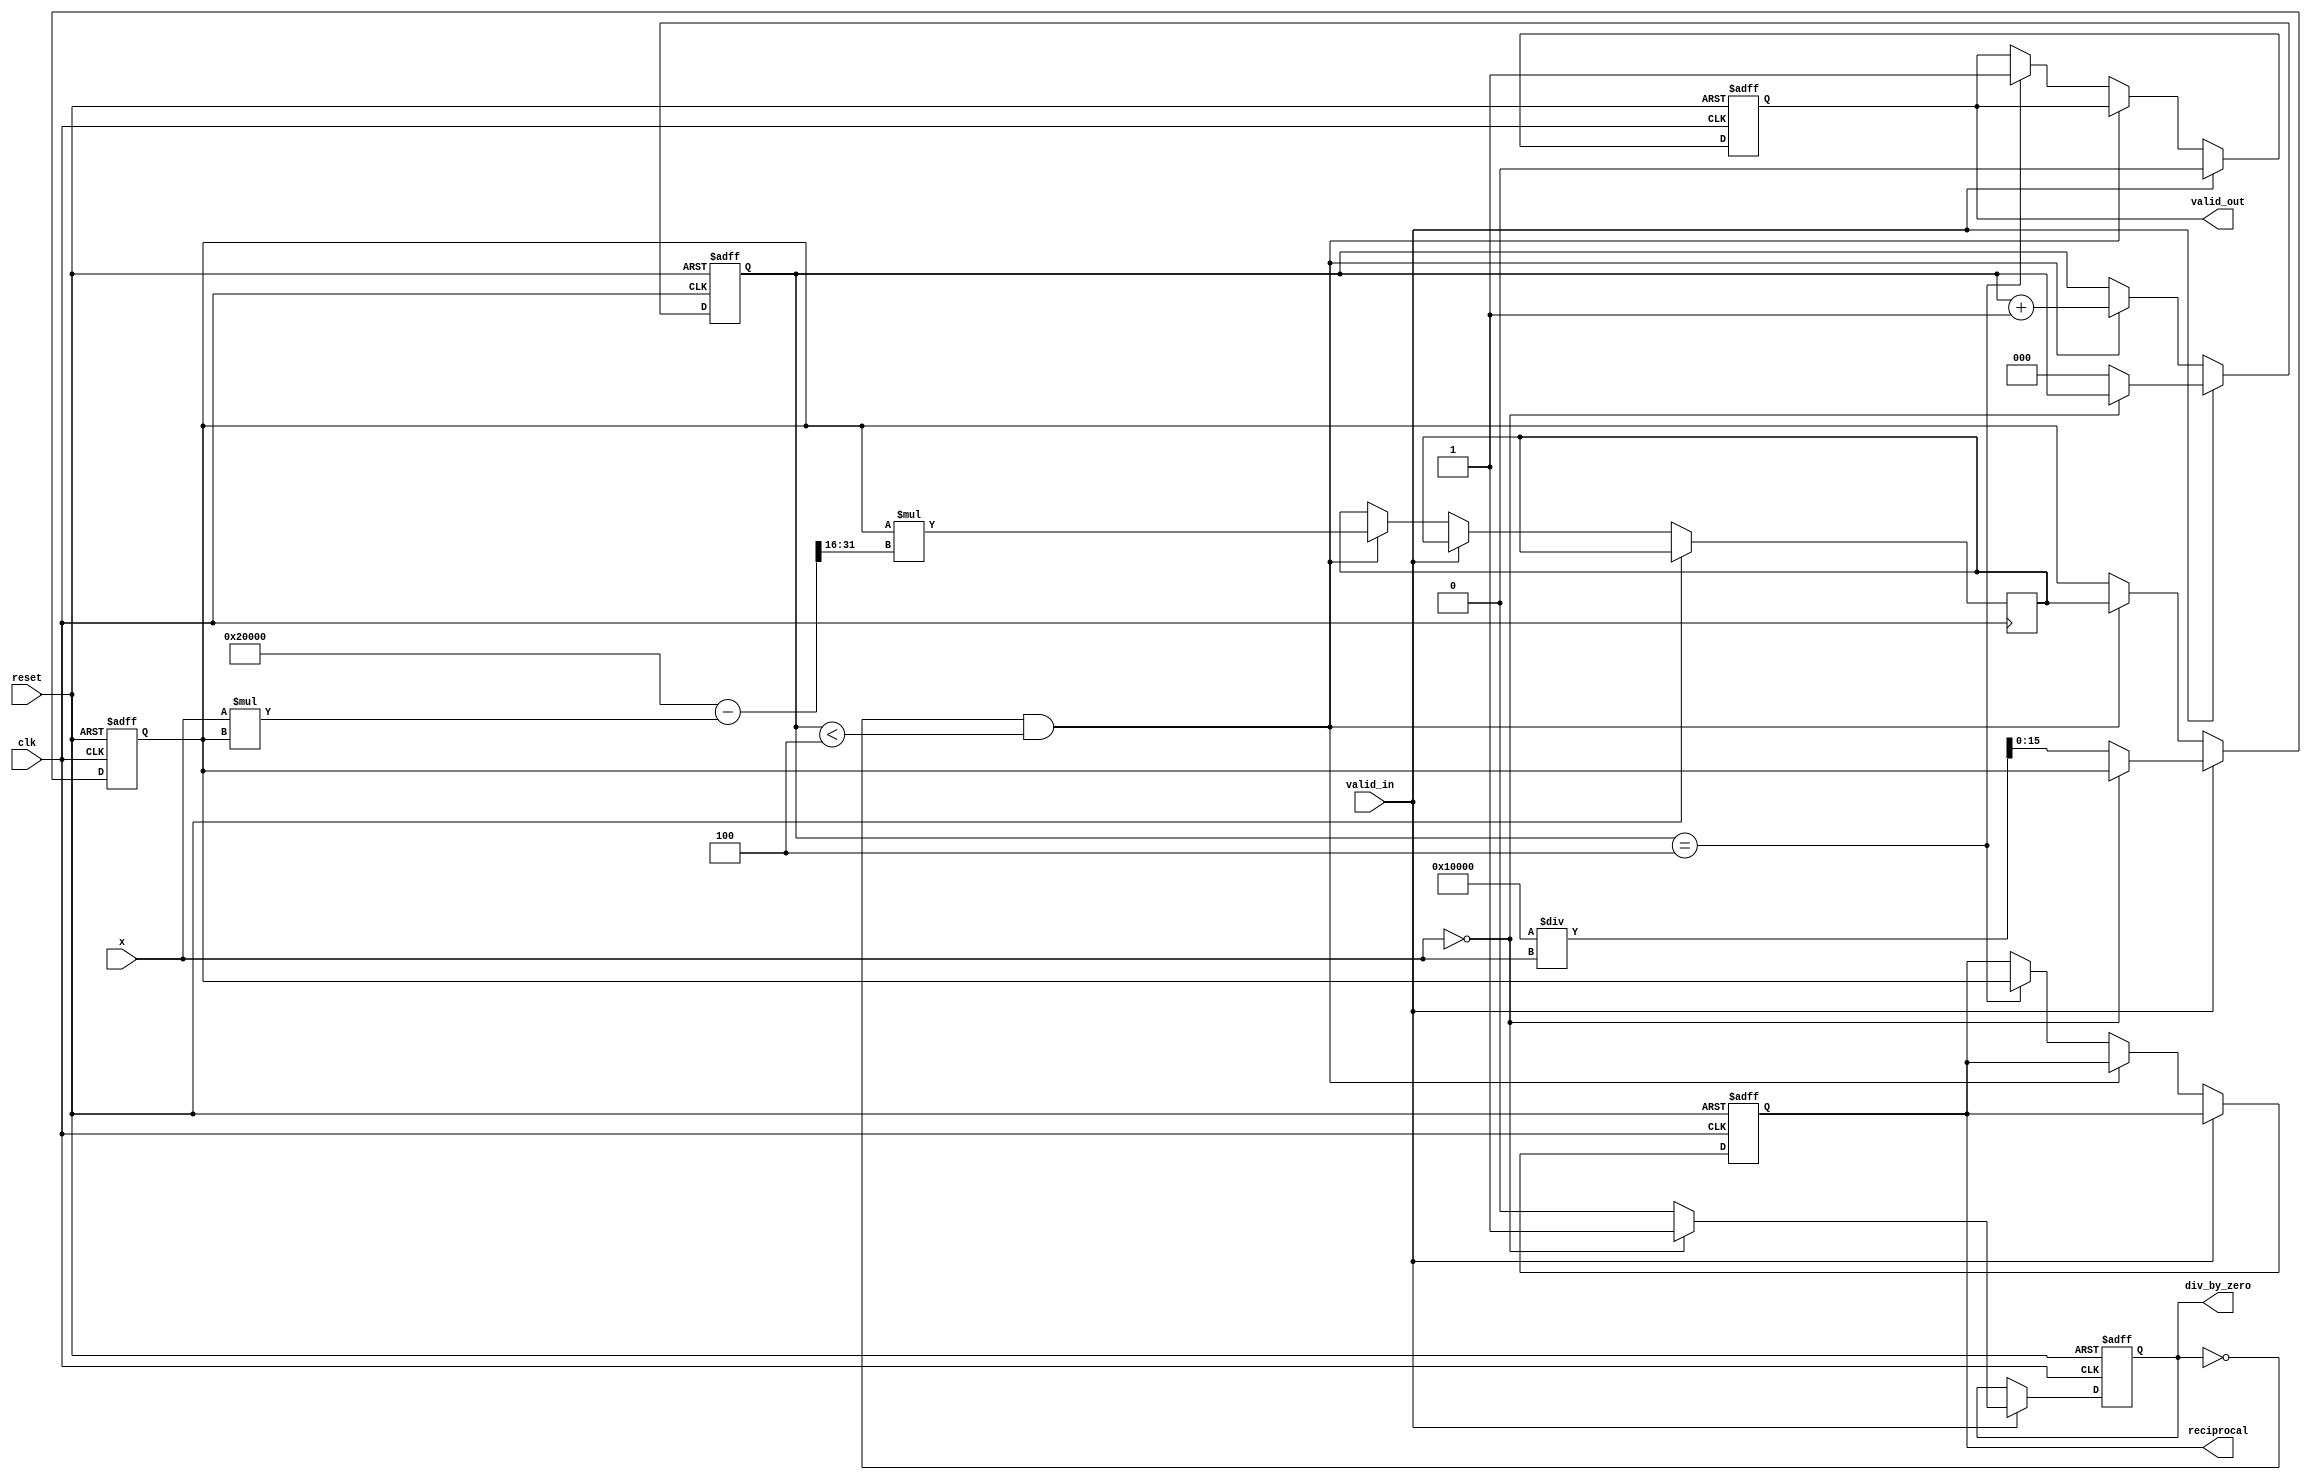
module DirectReciprocalUnit #(
    parameter WIDTH = 16,       // Width of the input and output
    parameter ITERATIONS = 4    // Number of iterations for Newton-Raphson
)(
    input  wire                  clk,                // Clock signal
    input  wire                  reset,              // Reset signal
    input  wire                  valid_in,           // Input valid signal
    input  wire [WIDTH-1:0]     x,                  // Input value (fixed-point)
    output reg  [WIDTH-1:0]     reciprocal,         // Output reciprocal
    output reg                  valid_out,          // Output valid signal
    output reg                  div_by_zero          // Division by zero flag
);

    reg [WIDTH-1:0]  approx;               // Approximation of the reciprocal
    reg [WIDTH-1:0]  temp;                 // Temporary variable for calculations
    reg [2:0]        iteration_count;      // Count of iterations

    // Preprocessing stage: check for zero input
    always @(posedge clk or posedge reset) begin
        if (reset) begin
            reciprocal   <= {WIDTH{1'b0}};
            valid_out    <= 1'b0;
            div_by_zero   <= 1'b0;
            iteration_count <= 3'b0;
            approx <= {WIDTH{1'b0}};
        end else if (valid_in) begin
            if (x == 0) begin
                div_by_zero <= 1'b1;         // Set division by zero flag
                valid_out <= 1'b0;           // No valid output
            end else begin
                div_by_zero <= 1'b0;         // Reset flag
                approx <= (1 << WIDTH) / x;  // Initial approximation (1/x)
                iteration_count <= 3'b0;      // Reset iteration count
                valid_out <= 1'b0;            // Initial output invalid
            end
        end else if (!div_by_zero && iteration_count < ITERATIONS) begin
            // Newton-Raphson iteration: x_n+1 = x_n * (2 - x * x_n)
            temp <= approx * (2 * (1 << WIDTH) - (x * approx) >> WIDTH);
            approx <= temp;                  // Update approximation
            iteration_count <= iteration_count + 1;  // Increment iteration counter
        end else if (iteration_count == ITERATIONS) begin
            reciprocal <= approx;            // Final output after iterations
            valid_out <= 1'b1;               // Set output valid
        end
    end

endmodule